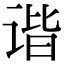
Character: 谐